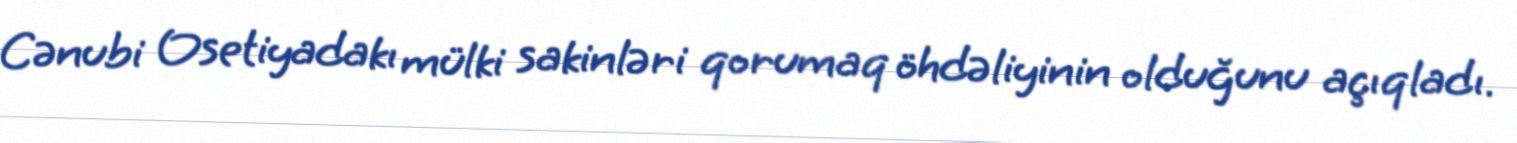
Cənubi Osetiyadakı mülki sakinləri qorumaq öhdəliyinin olduğunu açıqladı.